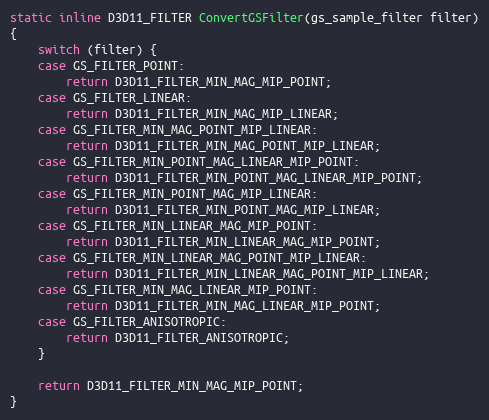
Language: C++
static inline D3D11_FILTER ConvertGSFilter(gs_sample_filter filter)
{
	switch (filter) {
	case GS_FILTER_POINT:
		return D3D11_FILTER_MIN_MAG_MIP_POINT;
	case GS_FILTER_LINEAR:
		return D3D11_FILTER_MIN_MAG_MIP_LINEAR;
	case GS_FILTER_MIN_MAG_POINT_MIP_LINEAR:
		return D3D11_FILTER_MIN_MAG_POINT_MIP_LINEAR;
	case GS_FILTER_MIN_POINT_MAG_LINEAR_MIP_POINT:
		return D3D11_FILTER_MIN_POINT_MAG_LINEAR_MIP_POINT;
	case GS_FILTER_MIN_POINT_MAG_MIP_LINEAR:
		return D3D11_FILTER_MIN_POINT_MAG_MIP_LINEAR;
	case GS_FILTER_MIN_LINEAR_MAG_MIP_POINT:
		return D3D11_FILTER_MIN_LINEAR_MAG_MIP_POINT;
	case GS_FILTER_MIN_LINEAR_MAG_POINT_MIP_LINEAR:
		return D3D11_FILTER_MIN_LINEAR_MAG_POINT_MIP_LINEAR;
	case GS_FILTER_MIN_MAG_LINEAR_MIP_POINT:
		return D3D11_FILTER_MIN_MAG_LINEAR_MIP_POINT;
	case GS_FILTER_ANISOTROPIC:
		return D3D11_FILTER_ANISOTROPIC;
	}

	return D3D11_FILTER_MIN_MAG_MIP_POINT;
}